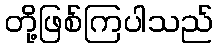
တို့ဖြစ်ကြပါသည်